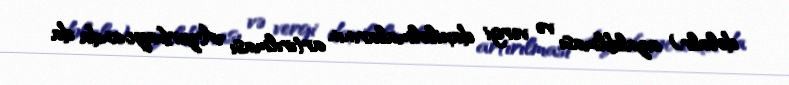
dolalr) azaldılması və vergi daxilolmalarının artırılması Azərbaycanda da